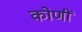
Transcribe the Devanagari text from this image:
कोणीं